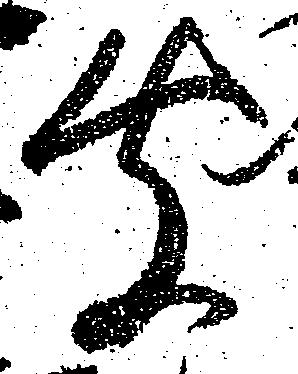
聞